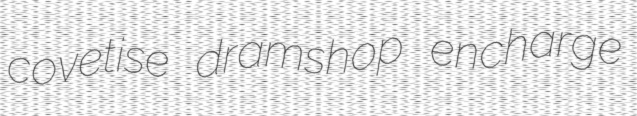
covetise dramshop encharge